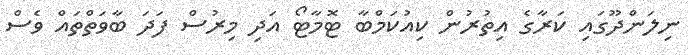
ނިލަންދޫގައި ކަރާގެ އިތުރުން ކިއުކަމްބާ ޓޮމާޓޯ އަދި މިރުސް ފަދަ ބާވަތްތައް ވެސް